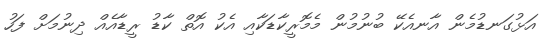
އަޅުގަނޑުމެން އާނއެކޭ ބުނުމުން މެމޮރީކާޑަކާއި އެކު އޮތް ކާޑު ރީޑާއެއް ދިނުމަށް ފަހު